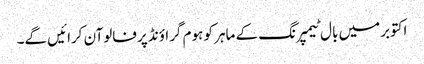
اکتوبرمیں بال ٹیمپرنگ کے ماہر کو ہوم گراؤنڈ پرفالوآن کرائیں گے۔